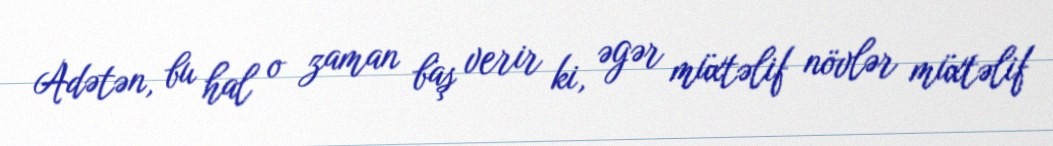
Adətən, bu hal o zaman baş verir ki, əgər müxtəlif növlər müxtəlif